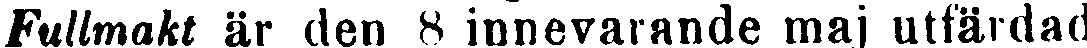
Fullmakt är den 8 innevarande maj utfärdad